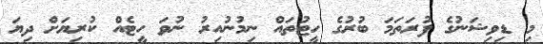
މި ޑިވިޝަނުގެ ފުރަތަމަ ބުރުގެ ހީޓުތައް ނިމުނުއިރު ނުވަ ހީޓެއް ކުރިޔަށް ދިޔަ